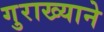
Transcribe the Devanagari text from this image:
गुराख्याने